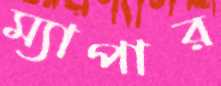
ম্যাপার